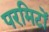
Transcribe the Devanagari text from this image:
परमिटों